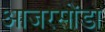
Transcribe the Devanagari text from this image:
आजरसोंडा